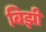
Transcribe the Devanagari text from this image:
बिझी